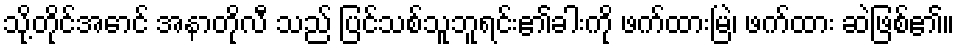
သို့တိုင်အောင် အနာတိုလီ သည် ပြင်သစ်သူဘူရင်း၏ခါးကို ဖက်ထားမြဲ၊ ဖက်ထား ဆဲဖြစ်၏။